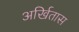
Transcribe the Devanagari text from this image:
अर्खितास